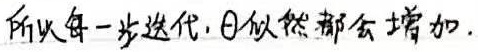
所以每一步迭代，\(\theta\) 似然都会增加.